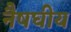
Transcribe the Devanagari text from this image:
नैषघीय